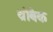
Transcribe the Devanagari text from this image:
थ्रोबैक